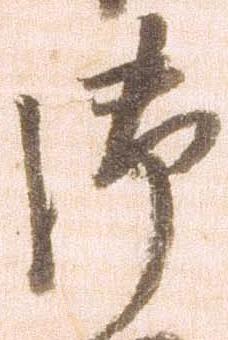
御